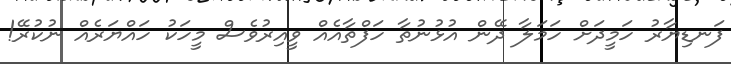
ފަނޑިޔާރު ހަމީދަށް ހަމަލާ ދޭން އުޅުނުތާ ހަފްތާއެއް ވީއިރުވެސް މީހަކު ހައްޔަރެއް ނުކުރޭ!